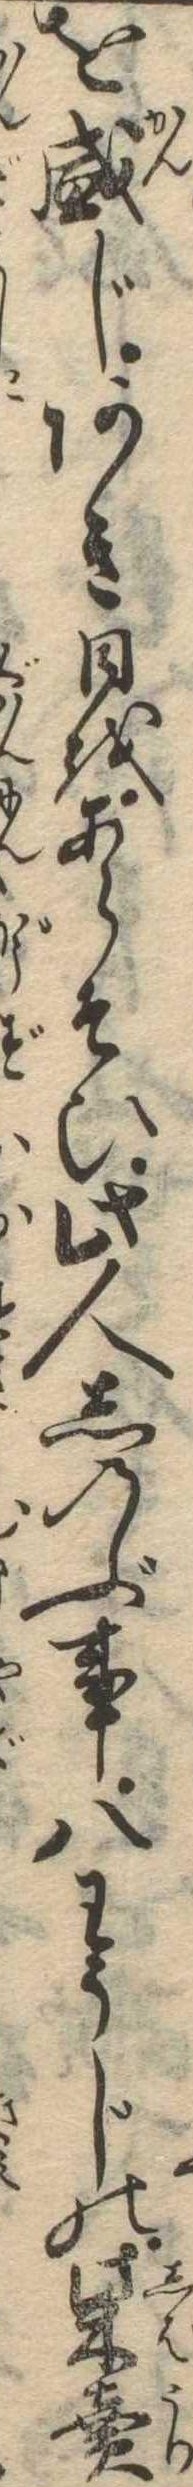
を感じあき日をあらそひ此人しのぶ事八わうじの柴売